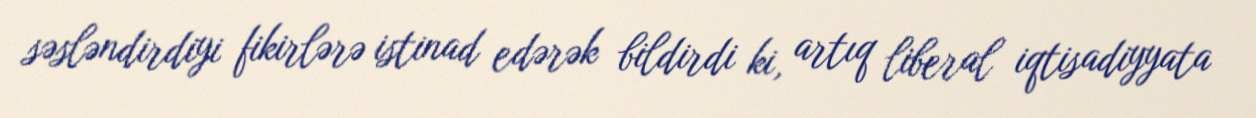
səsləndirdiyi fikirlərə istinad edərək bildirdi ki, artıq liberal iqtisadiyyata